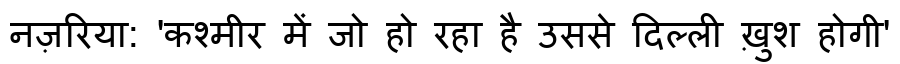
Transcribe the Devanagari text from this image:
नज़रिया: 'कश्मीर में जो हो रहा है उससे दिल्ली ख़ुश होगी'